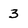
Character: 3